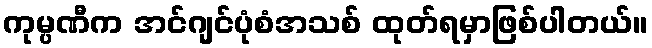
ကုမ္ပဏီက အင်ဂျင်ပုံစံအသစ် ထုတ်ရမှာဖြစ်ပါတယ်။